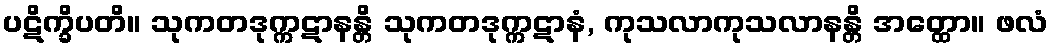
ပဋိက္ခိပတိ။ သုကတဒုက္ကဋာနန္တိ သုကတဒုက္ကဋာနံ, ကုသလာကုသလာနန္တိ အတ္ထော။ ဖလံ